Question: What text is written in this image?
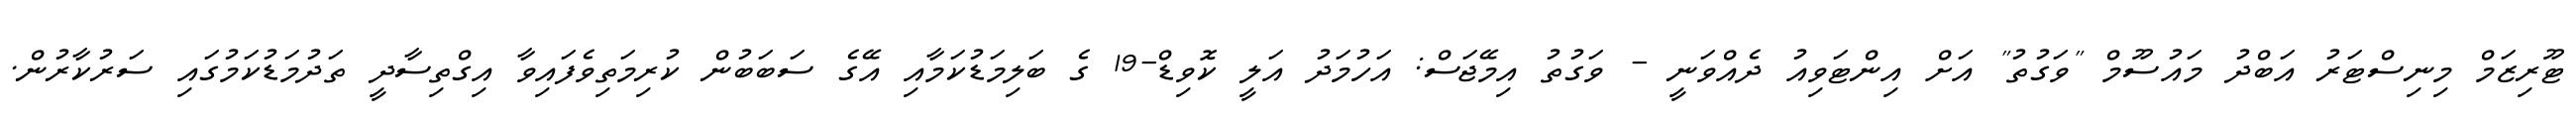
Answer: ޓޫރިޒަމް މިނިސްޓަރު އަބްދު މައުސޫމް "ވަގުތު" އަށް އިންޓަވިއު ދެއްވަނީ - ވަގުތު އިމޭޖަސް: އަހުމަދު އަލީ ކޮވިޑް-19 ގެ ބަލިމަޑުކަމާއި އޭގެ ސަބަބުން ކުރިމަތިވެފައިވާ އިގްތިސާދީ ތަދުމަޑުކަމުގައި ސަރުކާރުން.